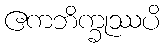
ဧကဘိက္ခုဿပိ